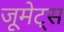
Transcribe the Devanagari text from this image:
जूमेट्स